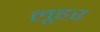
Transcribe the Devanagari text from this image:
लूहर